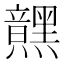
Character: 𮮜